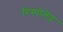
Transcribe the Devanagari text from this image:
रिस्पोलेप्ट